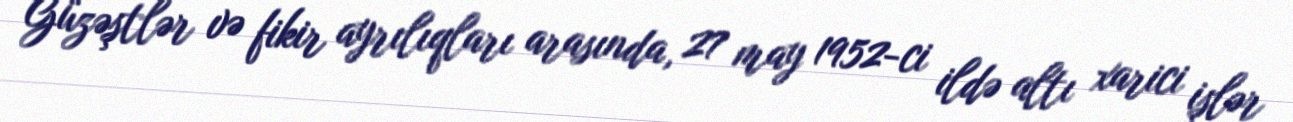
Güzəştlər və fikir ayrılıqları arasında, 27 may 1952-ci ildə altı xarici işlər